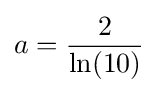
a={2 \over \ln(10)}